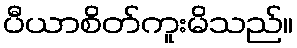
ပီယာစိတ်ကူးမိသည်။